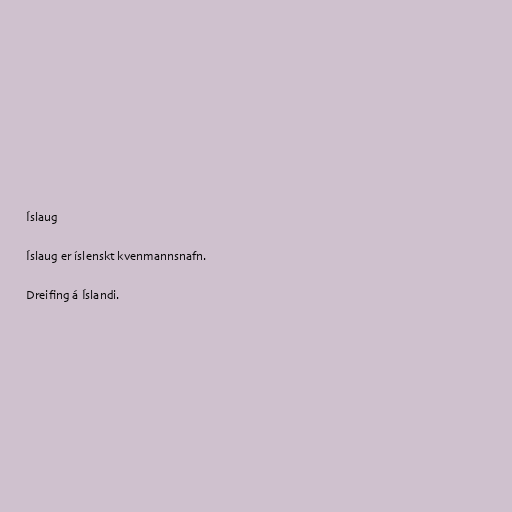
Íslaug

Íslaug er íslenskt kvenmannsnafn.

Dreifing á Íslandi.